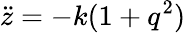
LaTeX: \ddot{z}=-k(1+q^{2})